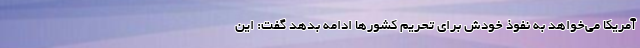
آمریکا می‌خواهد به نفوذ خودش برای تحریم کشور‌ها ادامه بدهد گفت: این